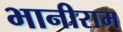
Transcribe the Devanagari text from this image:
भानीराम